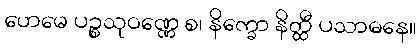
ဟေမေ ပဉ္စသုဝဏ္ဏေ စ၊ နိက္ခော နိတ္ထီ ပသာဓနေ။